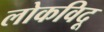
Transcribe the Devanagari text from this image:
लोकविदू